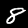
Digit: 8